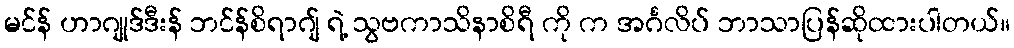
မင်န် ဟာဂျုဒ်ဒီးန် ဘင်န်စိရာဂျ် ရဲ့ သွဗကာသိနာစိရီ ကို က အင်္ဂလိပ် ဘာသာပြန်ဆိုထားပါတယ်။